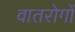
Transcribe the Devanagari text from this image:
वातरोगों